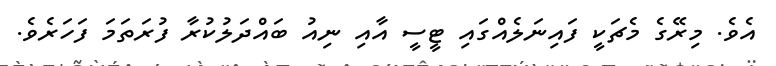
އެވެ. މިރޭގެ މެޗަކީ ފައިނަލެއްގައި ޓީސީ އާއި ނިއު ބައްދަލުކުރާ ފުރަތަމަ ފަހަރެވެ.